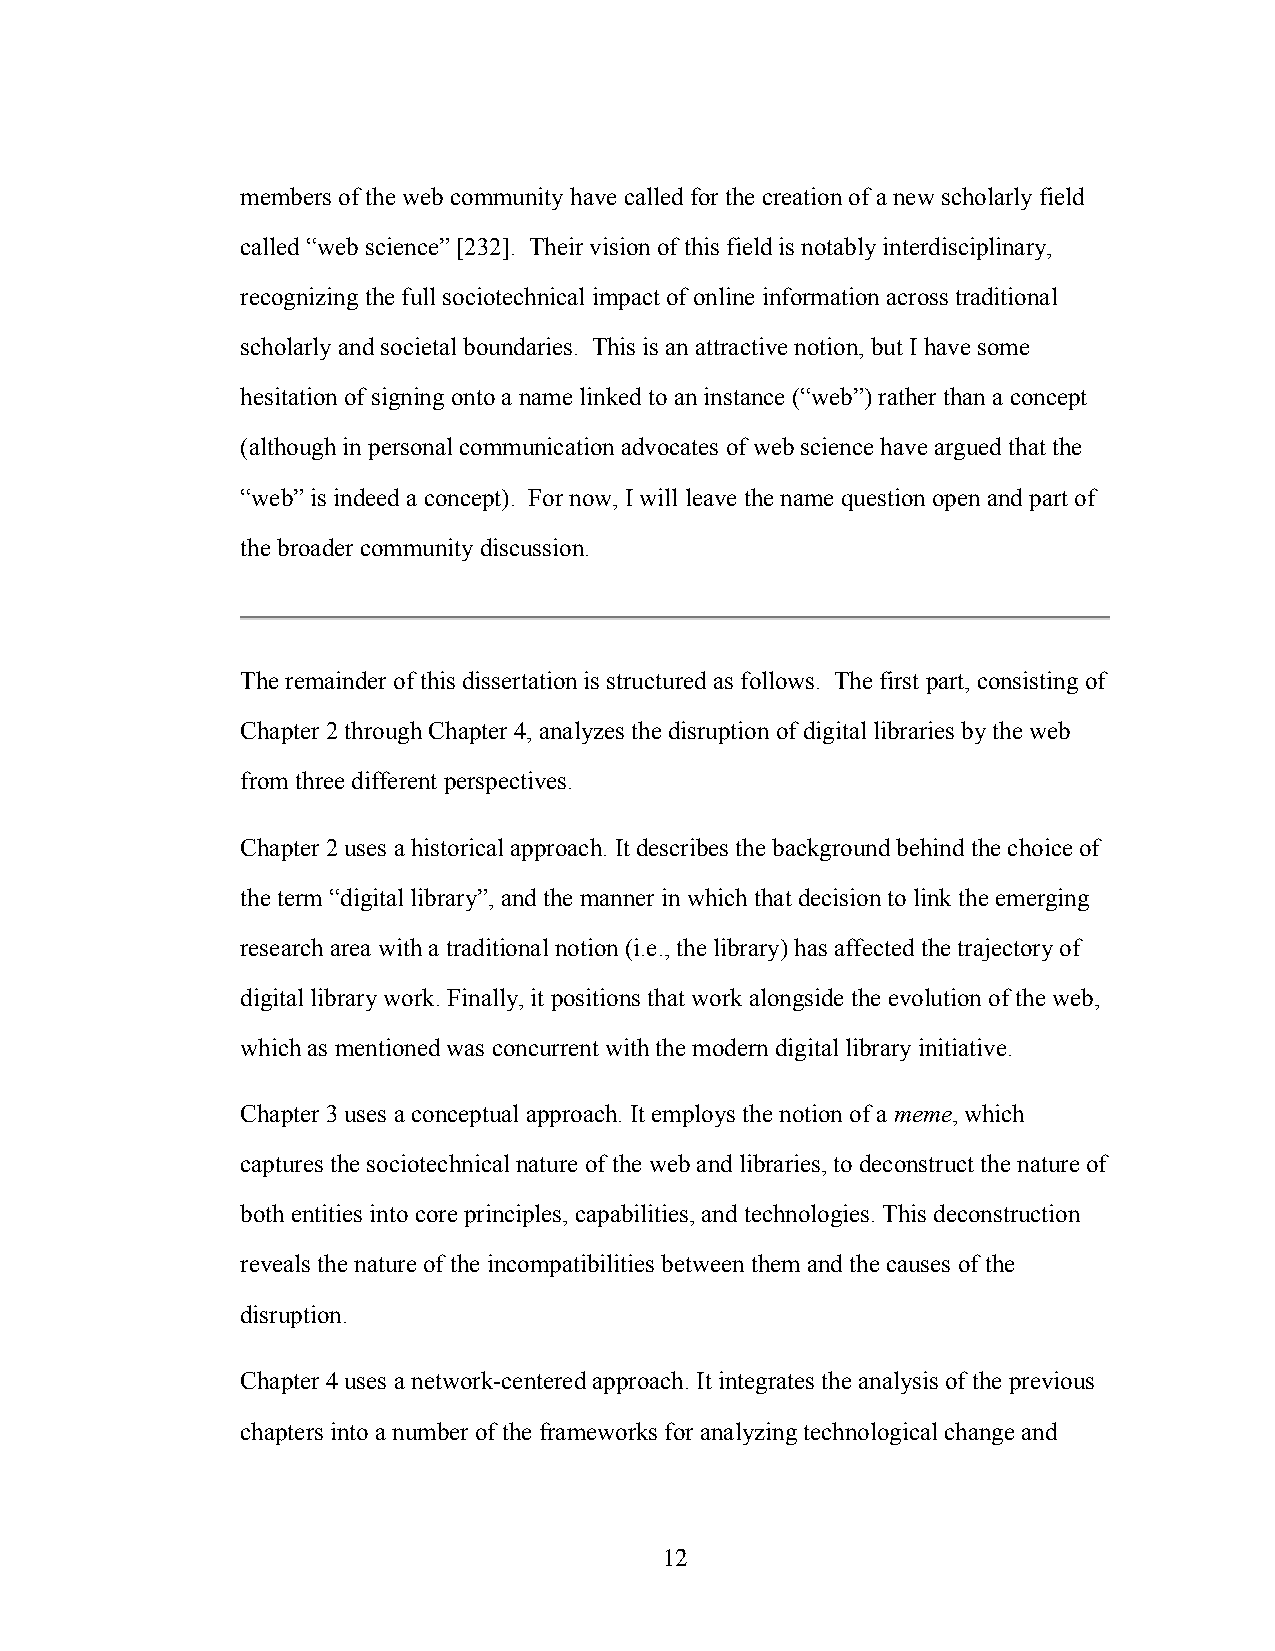
members of the web community have called for the creation of a new scholarly field
 called “web science” [232]. Their vision of this field is notably interdisciplinary,
 recognizing the full sociotechnical impact of online information across traditional
 scholarly and societal boundaries. This is an attractive notion, but I have some
 hesitation of signing onto a name linked to an instance (“web”) rather than a concept
 (although in personal communication advocates of web science have argued that the
 “web” is indeed a concept). For now, I will leave the name question open and part of
 the broader community discussion.
 The remainder of this dissertation is structured as follows. The first part, consisting of
 Chapter 2 through Chapter 4, analyzes the disruption of digital libraries by the web
 from three different perspectives.
 Chapter 2 uses a historical approach. It describes the background behind the choice of
 the term “digital library”, and the manner in which that decision to link the emerging
 research area with a traditional notion (i.e., the library) has affected the trajectory of
 digital library work. Finally, it positions that work alongside the evolution of the web,
 which as mentioned was concurrent with the modern digital library initiative.
 Chapter 3 uses a conceptual approach. It employs the notion of a meme, which
 captures the sociotechnical nature of the web and libraries, to deconstruct the nature of
 both entities into core principles, capabilities, and technologies. This deconstruction
 reveals the nature of the incompatibilities between them and the causes of the
 disruption.
 Chapter 4 uses a network-centered approach. It integrates the analysis of the previous
 chapters into a number of the frameworks for analyzing technological change and
 12